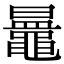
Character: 𪓲